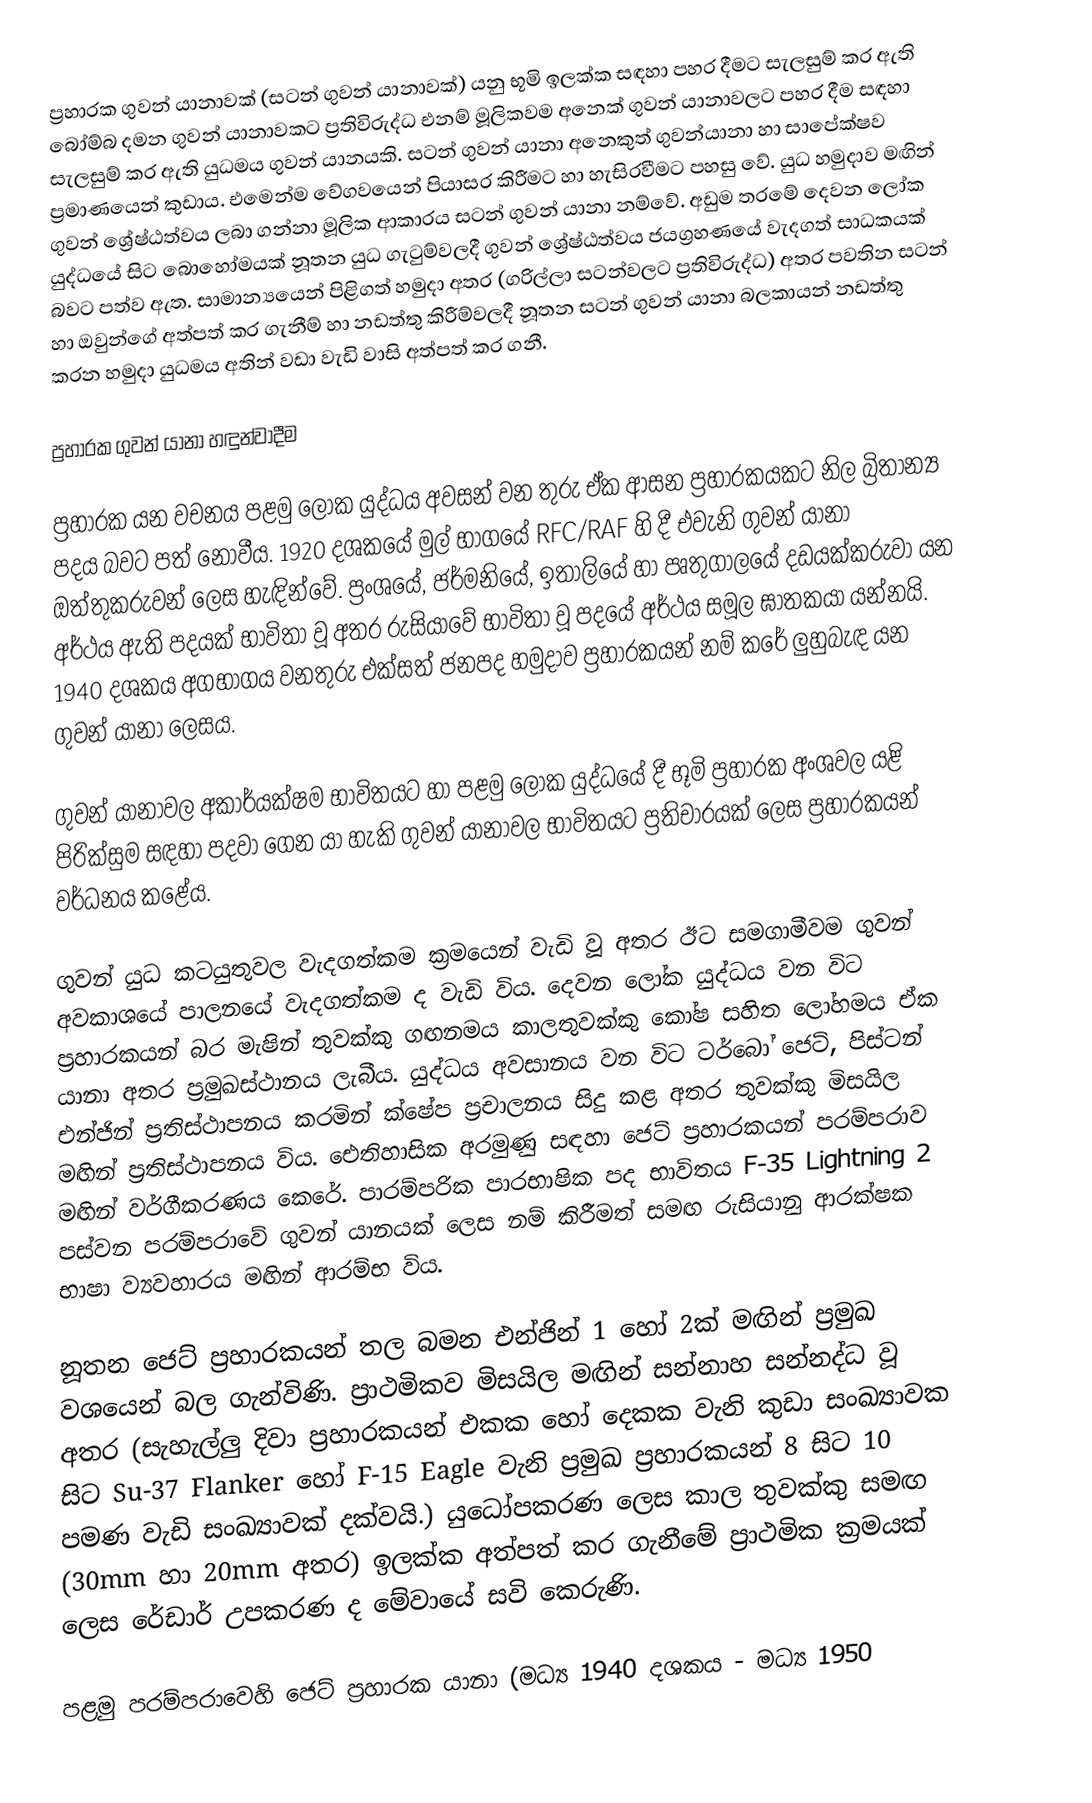
ප්‍රහාරක ගුවන් යානාවක් (සටන් ගුවන් යානාවක්) යනු භූමි ඉලක්ක සඳහා පහර දීමට සැලසුම් කර ඇති බෝම්බ දමන ගුවන් යානාවකට ප්‍රතිවිරුද්ධ එනම් මූලිකවම අනෙක් ගුවන් යානාවලට පහර දීම සඳහා සැලසුම් කර ඇති යුධමය ගුවන් යානයකි. සටන් ගුවන් යානා අනෙකුත් ගුවන්යානා හා සාපේක්ෂව ප්‍රමාණයෙන් කුඩාය. එමෙන්ම වේගවයෙන් පියාසර කිරීමට හා හැසිරවීමට පහසු වේ. යුධ හමුදාව මඟින් ගුවන් ශ්‍රේෂ්ඨත්වය ලබා ගන්නා මූලික ආකාරය සටන් ගුවන් යානා නම්වේ. අඩුම තරමේ දෙවන ලෝක යුද්ධයේ සිට බොහෝමයක් නූතන යුධ ගැටුම්වලදී ගුවන් ශ්‍රේෂ්ඨත්වය ජයග්‍රහණයේ වැදගත් සාධකයක් බවට පත්ව ඇත. සාමාන්‍යයෙන් පිළිගත් හමුදා අතර (ගරිල්ලා සටන්වලට ප්‍රතිවිරුද්ධ) අතර පවතින සටන් හා ඔවුන්ගේ අත්පත් කර ගැනීම් හා නඩත්තු කිරීම්වලදී නූතන සටන් ගුවන් යානා බලකායන් නඩත්තු කරන හමුදා යුධමය අතින් වඩා වැඩි වාසි අත්පත් කර ගනී.

ප්‍රහාරක ගුවන් යානා හඳුන්වාදීම

ප්‍රහාරක යන වචනය පළමු ලෝක යුද්ධය අවසන් වන තුරු ඒක ආසන ප්‍රහාරකයකට නිල බ්‍රිතාන්‍ය පදය බවට පත් නොවීය. 1920 දශකයේ මුල් භාගයේ RFC/RAF හි දී එවැනි ගුවන් යානා ඔත්තුකරුවන් ලෙස හැඳින්වේ. ප්‍රංශයේ, ජර්මනියේ, ඉතාලියේ හා පෘතුගාලයේ දඩයක්කරුවා යන අර්ථය ඇති පදයක් භාවිතා වූ අතර රුසියාවේ භාවිතා වූ පදයේ අර්ථය සමූල ඝාතකයා යන්නයි. 1940 දශකය අගභාගය වනතුරු එක්සත් ජනපද හමුදාව ප්‍රහාරකයන් නම් කරේ ලුහුබැඳ යන ගුවන් යානා ලෙසය.

ගුවන් යානාවල අකාර්යක්ෂම භාවිතයට හා පළමු ලෝක යුද්ධයේ දී භූමි ප්‍රහාරක අංශවල යළි පිරික්සුම සඳහා පදවා ගෙන යා හැකි ගුවන් යානාවල භාවිතයට ප්‍රතිචාරයක් ලෙස ප්‍රහාරකයන් වර්ධනය කළේය.

ගුවන් යුධ කටයුතුවල වැදගත්කම ක්‍රමයෙන් වැඩි වූ අතර ඊට සමගාමීවම ගුවන් අවකාශයේ පාලනයේ වැදගත්කම ද වැඩි විය. දෙවන ලෝක යුද්ධය වන විට ප්‍රහාරකයන් බර මැෂින් තුවක්කු ගඟනමය කාලතුවක්කු කෝෂ සහිත ලෝහමය ඒක යානා අතර ප්‍රමුඛස්ථානය ලැබීය. යුද්ධය අවසානය වන විට ටර්බෝ ජෙට්, පිස්ටන් එන්ජින් ප්‍රතිස්ථාපනය කරමින් ක්ෂේප ප්‍රචාලනය සිදු කළ අතර තුවක්කු මිසයිල මඟින් ප්‍රතිස්ථාපනය විය. ඓතිහාසික අරමුණු සඳහා ජෙට් ප්‍රහාරකයන් පරම්පරාව මඟින් වර්ගීකරණය කෙරේ. පාරම්පරික පාරභාෂික පද භාවිතය F-35 Lightning 2 පස්වන පරම්පරාවේ ගුවන් යානයක් ලෙස නම් කිරීමත් සමඟ රුසියානු ආරක්ෂක භාෂා ව්‍යවහාරය මඟින් ආරම්භ විය.

නූතන ජෙට් ප්‍රහාරකයන් තල බමන එන්ජින් 1 හෝ 2ක් මඟින් ප්‍රමුඛ වශයෙන් බල ගැන්විණි. ප්‍රාථමිකව මිසයිල මඟින් සන්නාහ සන්නද්ධ වූ අතර (සැහැල්ලු දිවා ප්‍රහාරකයන් එකක හෝ දෙකක වැනි කුඩා සංඛ්‍යාවක සිට Su-37 Flanker හෝ F-15 Eagle වැනි ප්‍රමුඛ ප්‍රහාරකයන් 8 සිට 10 පමණ වැඩි සංඛ්‍යාවක් දක්වයි.) යුධෝපකරණ ලෙස කාල තුවක්කු සමඟ (30mm හා 20mm අතර) ඉලක්ක අත්පත් කර ගැනීමේ ප්‍රාථමික ක්‍රමයක් ලෙස රේඩාර් උපකරණ ද මේවායේ සවි කෙරුණි.

පළමු පරම්පරාවෙහි ජෙට් ප්‍රහාරක යානා (මධ්‍ය 1940 දශකය - මධ්‍ය 1950